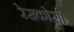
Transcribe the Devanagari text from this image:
रेसकोर्स।